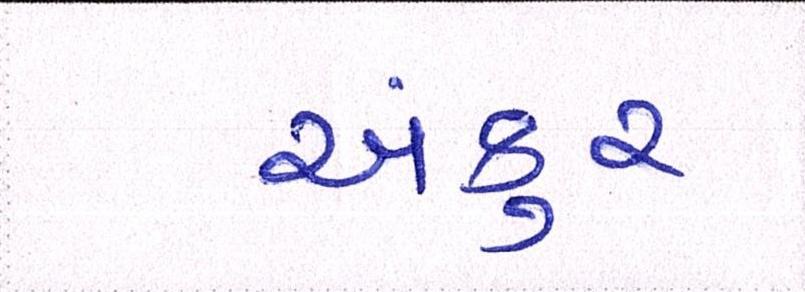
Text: અંકુર